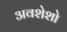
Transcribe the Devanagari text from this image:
अवशेशो